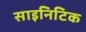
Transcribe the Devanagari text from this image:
साइनिटिक